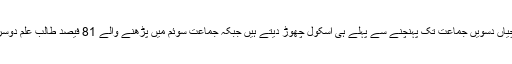
اسلام آباد — پاکستان میں تقریباً 75 فیصد بچے اور بچیاں دسویں جماعت تک پہنچنے سے پہلے ہی اسکول چھوڑ دیتے ہیں جبکہ جماعت سوئم میں پڑھنے والے 81 فیصد طالب علم دوسری جماعت کے انگریزی کے جملے نہیں پڑھ سکتے۔